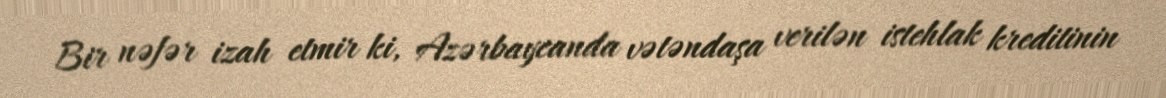
Bir nəfər izah etmir ki, Azərbaycanda vətəndaşa verilən istehlak kreditinin